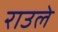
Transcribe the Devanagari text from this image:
राउले